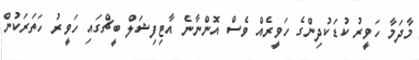
މާދަމާ ހަވީރު ކުޑަކުދިންގެ ހަވީރެއް ވެސް އޮންނާނެ އާޓިފިޝަލް ބީޗްގައި ހަވީރު ހަތަރަކުން